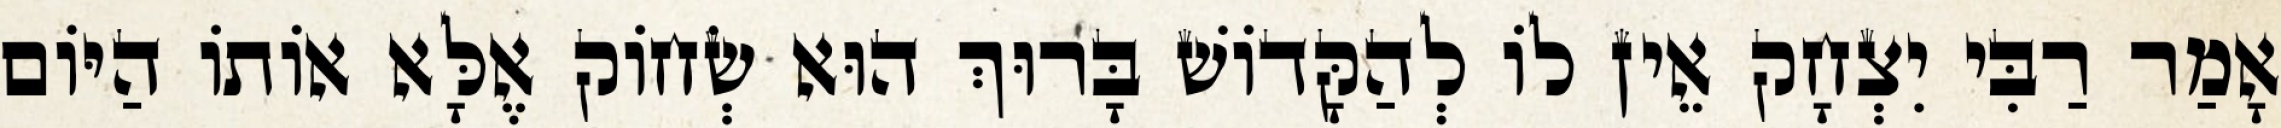
אָמַר רַבִּי יִצְחָק אֵין לוֹ לְהַקָּדוֹשׁ בָּרוּךְ הוּא שְׂחוֹק אֶלָּא אוֹתוֹ הַיּוֹם